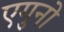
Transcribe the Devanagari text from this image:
एगुनो